Voru_kinnistusamet, lk 18
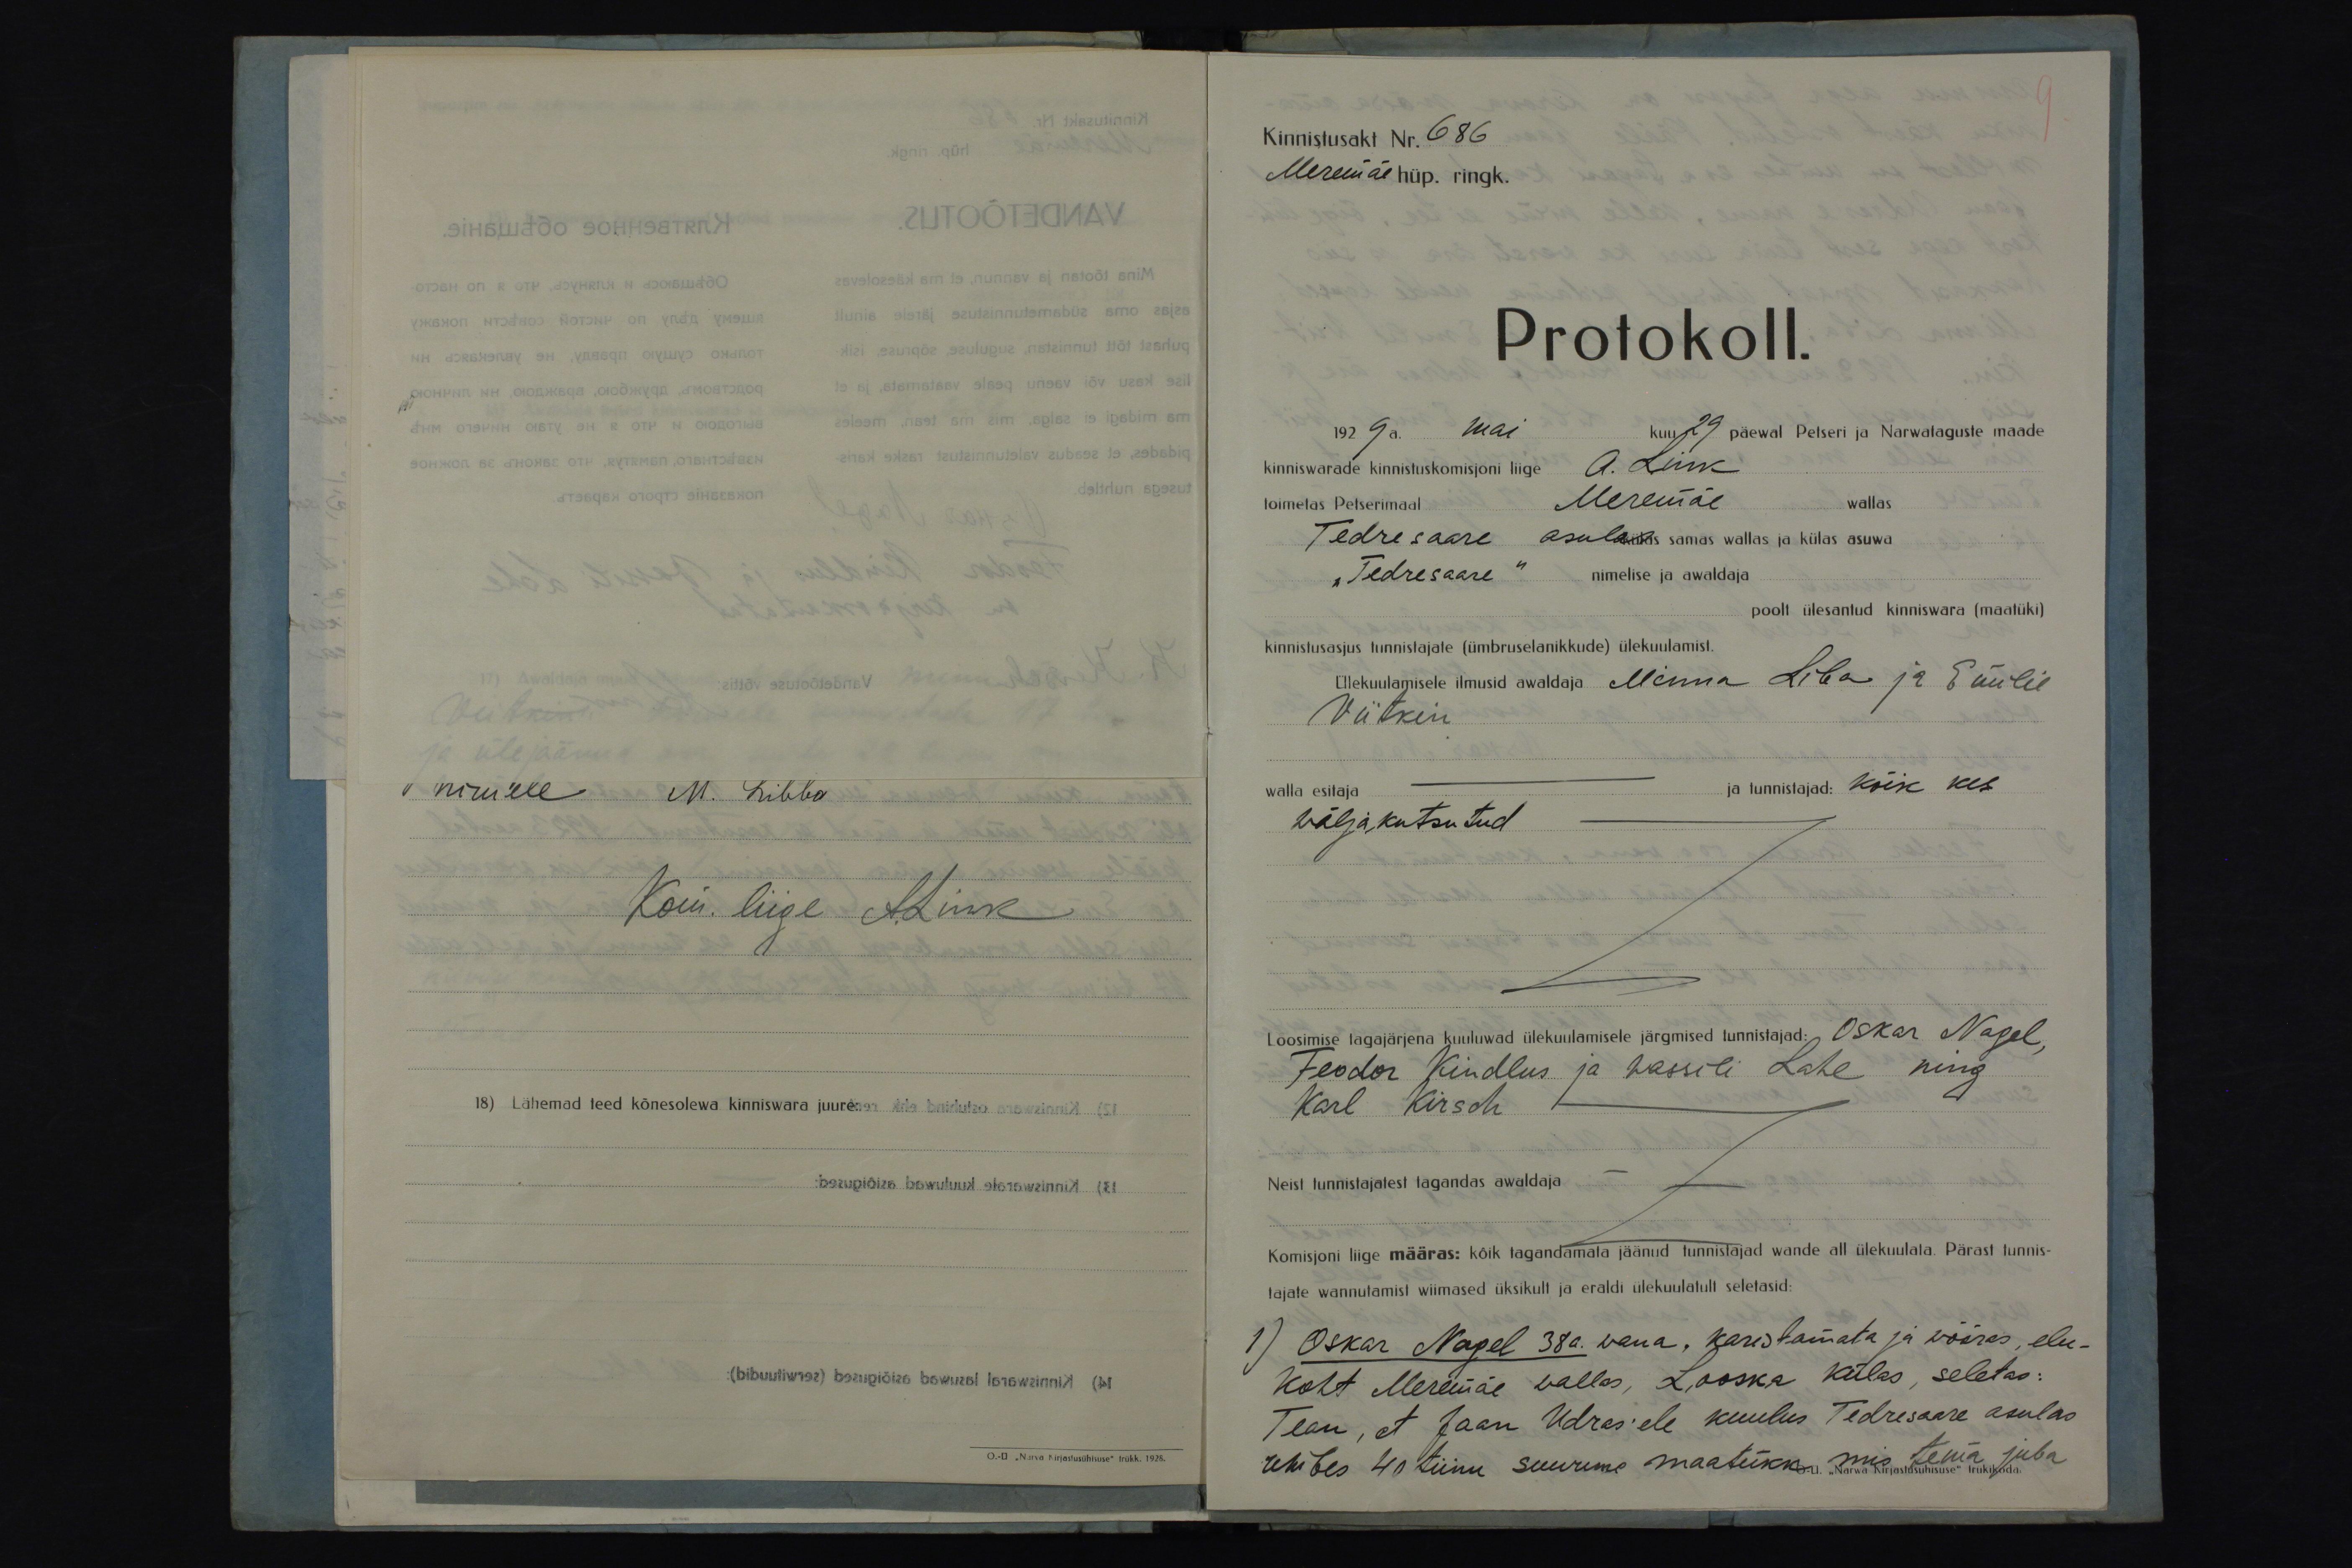
Kom. liige A.Link
18) Lähemad teed kõnesolewa kinniswara juure:
O.-Ü "Narva Kirjastusühisuse" trükk. 1928.

Kinnistusakt Nr. 686
Meremäe hüp. ringk.
Protokoll.
1929 a. mai kuu 29 päewal Petseri ja Narwataguste maade
kinniswarade kinnistuskomisjoni liige A. Link
toimetas Petserimaal Meremäe wallas
Tedresaare asulas samas wallas ja külas asuwa
„Tedresaare" nimelise ja awaldaja
poolt ülesantud kinniswara (maatüki)
kinnistusasjus tunnistajate (ümbruselanikkude) ülekuulamist.
Ülekuulamisele ilmusid awaldaja Minna Liba ja Emilie
Viitkin
walla esitaja - ja tunnistajad: kõik kes
wäljakutsutud
Loosimise tagajärjena kuuluwad ülekuulamisele järgmised tunnistajad: Oskar Nagel,
Feodor Kindlus ja Wassili Lahe ning
Karl Kirsch
Neist tunnistajatest tagandas awaldaja -
Komisjoni liige määras: kõik tagandamata jäänud tunnistajad wande all ülekuulata. Pärast tunnis-
tajate wannutamist wiimased üksikult ja eraldi ülekuulatult seletasid:
1) Oskar Nagel 38a. wana, karistamata ja wõõras, elu-
koht Meremäe wallas, Looska külas, seletas:
Tean, et Jaan Udras'ele kuulus Tedresaare asulas
umbes 40 tiinu suurune maatükk mis tema juba